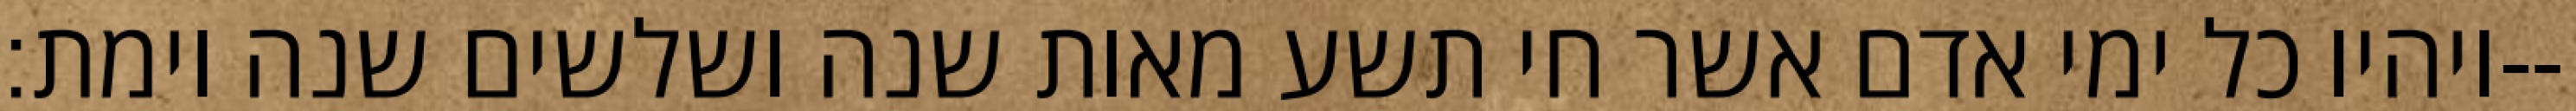
ויהיו כל ימי אדם אשר חי תשע מאות שנה ושלשים שנה וימת׃--